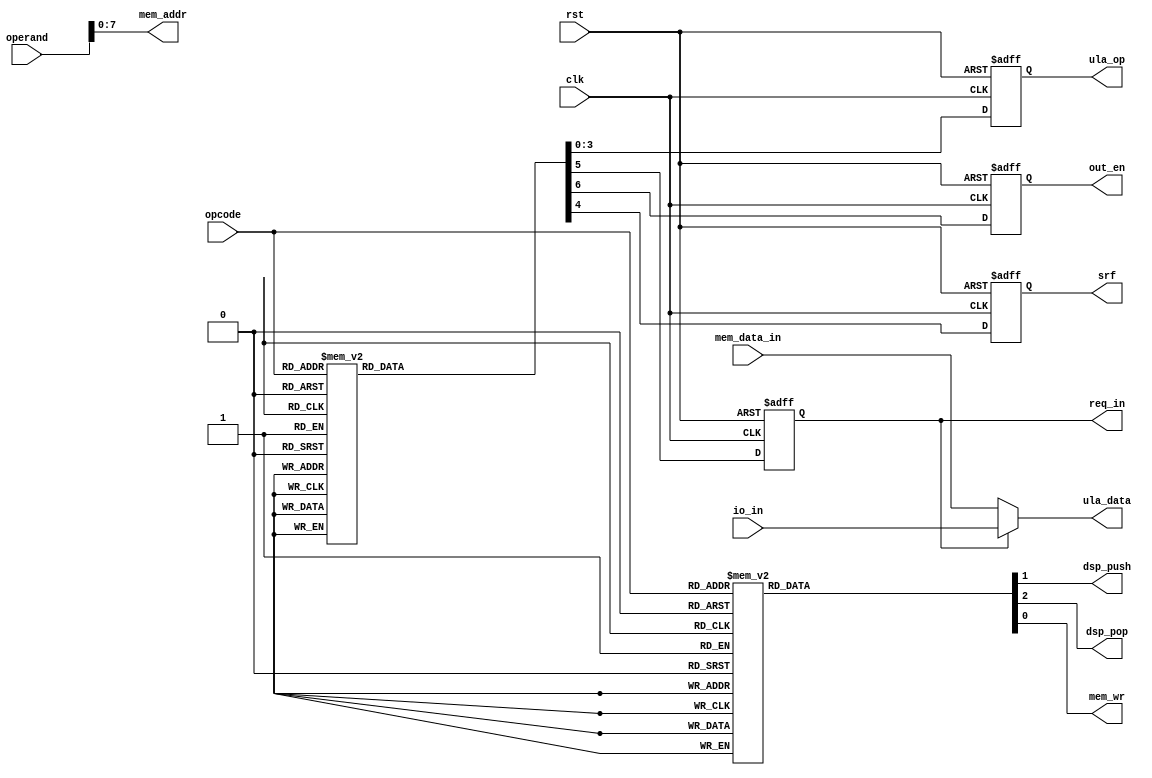
module instr_dec_fl
#(
	parameter NBDATA = 32,              // Numero de bits dos dados
	parameter NBOPCO = 6,               // Numero de bits de opcode
	parameter NBOPER = 9,               // Numero de bits de operando
	parameter MDATAW = 8                // Numero de bits de endereco da memoria de dados
)
(
	input                   clk, rst,
	input      [NBOPCO-1:0] opcode,
	input      [NBOPER-1:0] operand,

	output reg              dsp_push, dsp_pop,

	output reg [       3:0] ula_op,
	output     [NBDATA-1:0] ula_data,

	output reg              mem_wr,
	output     [MDATAW-1:0] mem_addr,
	input      [NBDATA-1:0] mem_data_in,

	input      [NBDATA-1:0] io_in,
	output reg              req_in, out_en,

	output reg              srf
);

always @ (posedge clk or posedge rst) begin
	if (rst) begin
						ula_op  <= 4'd0;
						srf     <= 1'b0;
						req_in  <= 1'b0;
						out_en  <= 1'b0;
	end else case (opcode)
			0   : begin
						ula_op  <= 4'd1;     // LOAD -> carrega accumulador com dado da memoria
						srf     <= 1'b0;
						req_in  <= 1'b0;
						out_en  <= 1'b0;
					end
			1   : begin
						ula_op  <= 4'd1;     // PLD  -> PUSH e LOAD
						srf     <= 1'b0;
						req_in  <= 1'b0;
						out_en  <= 1'b0;
					end
			2   : begin
						ula_op  <= 4'd0;      // SET  -> carrega memoria com valor do acumulador
						srf     <= 1'b0;
						req_in  <= 1'b0;
						out_en  <= 1'b0;
					end
			3   : begin
						ula_op  <= 4'd1;     // SETP -> SET e POP
						srf     <= 1'b0;
						req_in  <= 1'b0;
						out_en  <= 1'b0;
					end
			4: begin
						ula_op  <= 4'd0;     // PUSH
						srf     <= 1'b0;
						req_in  <= 1'b0;
						out_en  <= 1'b0;
					end
			5   : begin
						ula_op  <= 4'd0;      // JZ
						srf     <= 1'b0;
						req_in  <= 1'b0;
						out_en  <= 1'b0;
					end
			6   : begin
						ula_op  <= 4'd0;      // JMP
						srf     <= 1'b0;
						req_in  <= 1'b0;
						out_en  <= 1'b0;
					end
			7: begin
						ula_op  <= 4'd0;     // CALL
						srf     <= 1'b0;
						req_in  <= 1'b0;
						out_en  <= 1'b0;
					end
			8  : begin
						ula_op  <= 4'd0;     // RETURN
						srf     <= 1'b0;
						req_in  <= 1'b0;
						out_en  <= 1'b0;
					end
			9  : begin
						ula_op  <= 4'd0;     // SRF  -> Set Register File
						srf     <= 1'b1;
						req_in  <= 1'b0;
						out_en  <= 1'b0;
					end
			10  : begin
						ula_op  <= 4'd1;     // IN   -> Input de dados
						srf     <= 1'b0;
						req_in  <= 1'b1;
						out_en  <= 1'b0;
					end
			11  : begin
						ula_op  <= 4'd0;     // OUT  -> Output de Dados
						srf     <= 1'b0;
						req_in  <= 1'b0;
						out_en  <= 1'b1;
					end
			12  : begin
						ula_op  <= 4'd5;     // NEG  -> Negar o valor do acumulador
						srf     <= 1'b0;
						req_in  <= 1'b0;
						out_en  <= 1'b0;
					end
			14  : begin
						ula_op  <= 4'd2;     // ADD -> adicao com a memoria
						srf     <= 1'b0;
						req_in  <= 1'b0;
						out_en  <= 1'b0;
					end
			15  : begin
						ula_op  <= 4'd2;     // SADD -> adicao com a pilha
						srf     <= 1'b0;
						req_in  <= 1'b0;
						out_en  <= 1'b0;
					end
			16  : begin
						ula_op  <= 4'd3;     // MLT -> multiplicacao com memoria
						srf     <= 1'b0;
						req_in  <= 1'b0;
						out_en  <= 1'b0;
					end
			17  : begin
						ula_op  <= 4'd3;     // SMLT -> multiplicacao com a pilha
						srf     <= 1'b0;
						req_in  <= 1'b0;
						out_en  <= 1'b0;
					end
			18  : begin
						ula_op  <= 4'd4;     // DIV -> divide com memoria
						srf     <= 1'b0;
						req_in  <= 1'b0;
						out_en  <= 1'b0;
					end
			19  : begin
						ula_op  <= 4'd4;     // SDIV -> divide com a pilha
						srf     <= 1'b0;
						req_in  <= 1'b0;
						out_en  <= 1'b0;
					end
			24  : begin
						ula_op  <= 4'd9;     // LAND -> AND do LSB com memoria
						srf     <= 1'b0;
						req_in  <= 1'b0;
						out_en  <= 1'b0;
					end
			25  : begin
						ula_op  <= 4'd9;     // SLAND -> AND do LSB com pilha
						srf     <= 1'b0;
						req_in  <= 1'b0;
						out_en  <= 1'b0;
					end
			28  : begin
						ula_op  <= 4'd11;    // LOR -> OR do LSB com memoria
						srf     <= 1'b0;
						req_in  <= 1'b0;
						out_en  <= 1'b0;
					end
			29  : begin
						ula_op  <= 4'd11;    // SLOR -> OR do LSB com pilha
						srf     <= 1'b0;
						req_in  <= 1'b0;
						out_en  <= 1'b0;
					end
			36  : begin
						ula_op  <= 4'd8;     // LINV -> Inverte bit de comparacao
						srf     <= 1'b0;
						req_in  <= 1'b0;
						out_en  <= 1'b0;
					end
			38  : begin
						ula_op  <= 4'd7;     // EQU -> Igual com memoria
						srf     <= 1'b0;
						req_in  <= 1'b0;
						out_en  <= 1'b0;
					end
			39  : begin
						ula_op  <= 4'd7;     // SEQU -> Igual com a pilha
						srf     <= 1'b0;
						req_in  <= 1'b0;
						out_en  <= 1'b0;
					end
			40  : begin
						ula_op  <= 4'd10;    // GRE -> Maior do que com memoria
						srf     <= 1'b0;
						req_in  <= 1'b0;
						out_en  <= 1'b0;
					end
			41  : begin
						ula_op  <= 4'd10;    // SGRE -> Maior do que com pilha
						srf     <= 1'b0;
						req_in  <= 1'b0;
						out_en  <= 1'b0;
					end
			42  : begin
						ula_op  <= 4'd6;     // LES -> Menor do que com memoria
						srf     <= 1'b0;
						req_in  <= 1'b0;
						out_en  <= 1'b0;
					end
			43  : begin
						ula_op  <= 4'd6;     // SLES -> Menor do que com a pilha
						srf     <= 1'b0;
						req_in  <= 1'b0;
						out_en  <= 1'b0;
					end
			54  : begin
						ula_op  <= 4'd12;     // ABS  
						srf     <= 1'b0;
						req_in  <= 1'b0;
						out_en  <= 1'b0;
					end					
		default: begin
						ula_op  <= 4'dx;
						srf     <= 1'bx;
						req_in  <= 1'bx;
						out_en  <= 1'bx;
					end
	endcase
end

always @ (*) begin
	case (opcode)
			0 : begin                        // LOAD
						mem_wr   <= 1'b0;
						dsp_push <= 1'b0;
						dsp_pop  <= 1'b0;
					end
			1 : begin                        // PLD
						mem_wr   <= 1'b1;
						dsp_push <= 1'b1;
						dsp_pop  <= 1'b0;
					end
			2 : begin                        // SET
						mem_wr   <= 1'b1;
						dsp_push <= 1'b0;
						dsp_pop  <= 1'b0;
					end
			3 : begin                        // SETP
						mem_wr   <= 1'b1;
						dsp_push <= 1'b0;
						dsp_pop  <= 1'b1;
					end
			4 : begin                        // PUSH
						mem_wr   <= 1'b1;
						dsp_push <= 1'b1;
						dsp_pop  <= 1'b0;
					end
			5 : begin                        // JZ
						mem_wr   <= 1'b0;
						dsp_push <= 1'b0;
						dsp_pop  <= 1'b0;
					end
			6 : begin                        // JMP
						mem_wr   <= 1'b0;
						dsp_push <= 1'b0;
						dsp_pop  <= 1'b0;
					end
			7 : begin                        // CALL
						mem_wr   <= 1'b0;
						dsp_push <= 1'b0;
						dsp_pop  <= 1'b0;
					end
			8 : begin                        // RETURN
						mem_wr   <= 1'b0;
						dsp_push <= 1'b0;
						dsp_pop  <= 1'b0;
					end
			9 : begin                        // SRF
						mem_wr   <= 1'b0;
						dsp_push <= 1'b0;
						dsp_pop  <= 1'b1;
					end
			10: begin                        // IN
						mem_wr   <= 1'b0;
						dsp_push <= 1'b0;
						dsp_pop  <= 1'b1;
					end
			11: begin                        // OUT
						mem_wr   <= 1'b0;
						dsp_push <= 1'b0;
						dsp_pop  <= 1'b1;
					end
			12: begin                        // NEG
						mem_wr   <= 1'b0;
						dsp_push <= 1'b0;
						dsp_pop  <= 1'b0;
					end
			14: begin                        // ADD
						mem_wr   <= 1'b0;
						dsp_push <= 1'b0;
						dsp_pop  <= 1'b0;
					end
			15: begin                        // SADD
						mem_wr   <= 1'b0;
						dsp_push <= 1'b0;
						dsp_pop  <= 1'b1;
					end
			16: begin                        // MLT
						mem_wr   <= 1'b0;
						dsp_push <= 1'b0;
						dsp_pop  <= 1'b0;
					end
			17: begin                        // SMLT
						mem_wr   <= 1'b0;
						dsp_push <= 1'b0;
						dsp_pop  <= 1'b1;
					end
			18: begin                        // DIV
						mem_wr   <= 1'b0;
						dsp_push <= 1'b0;
						dsp_pop  <= 1'b0;
					end
			19: begin                        // SDIV
						mem_wr   <= 1'b0;
						dsp_push <= 1'b0;
						dsp_pop  <= 1'b1;
					end
			24: begin                        // LAND
						mem_wr   <= 1'b0;
						dsp_push <= 1'b0;
						dsp_pop  <= 1'b0;
					end
			25: begin                        // SLAND
						mem_wr   <= 1'b0;
						dsp_push <= 1'b0;
						dsp_pop  <= 1'b1;
					end
			28: begin                        // LOR
						mem_wr   <= 1'b0;
						dsp_push <= 1'b0;
						dsp_pop  <= 1'b0;
					end
			29: begin                        // SLOR
						mem_wr   <= 1'b0;
						dsp_push <= 1'b0;
						dsp_pop  <= 1'b1;
					end
			34: begin                        // INV
						mem_wr   <= 1'b0;
						dsp_push <= 1'b0;
						dsp_pop  <= 1'b0;
					end
			38: begin                        // EQU
						mem_wr   <= 1'b0;
						dsp_push <= 1'b0;
						dsp_pop  <= 1'b0;
					end
			39: begin                        // SEQU
						mem_wr   <= 1'b0;
						dsp_push <= 1'b0;
						dsp_pop  <= 1'b1;
					end
			40: begin                        // GRE
						mem_wr   <= 1'b0;
						dsp_push <= 1'b0;
						dsp_pop  <= 1'b0;
					end
			41: begin                        // SGRE
						mem_wr   <= 1'b0;
						dsp_push <= 1'b0;
						dsp_pop  <= 1'b1;
					end
			42: begin                        // LES
						mem_wr   <= 1'b0;
						dsp_push <= 1'b0;
						dsp_pop  <= 1'b0;
					end
			43: begin                        // SLES
						mem_wr   <= 1'b0;
						dsp_push <= 1'b0;
						dsp_pop  <= 1'b1;
					end
			54: begin                        // ABS
						mem_wr   <= 1'b0;
						dsp_push <= 1'b0;
						dsp_pop  <= 1'b0;
					end					
		default: begin
						mem_wr   <= 1'bx;
						dsp_push <= 1'bx;
						dsp_pop  <= 1'bx;
					end
	endcase
end

assign ula_data = (req_in) ? io_in : mem_data_in;
assign mem_addr = operand[MDATAW-1:0];

endmodule